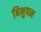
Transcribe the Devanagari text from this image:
बिभुषन